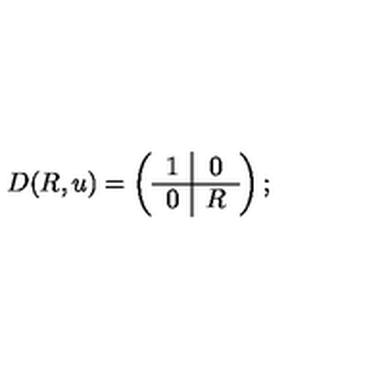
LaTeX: D ( R , u ) = \left( \begin{array} { c | c } { 1 } & { 0 } \\ \hline { 0 } & { R } \\ \end{array} \right) ;